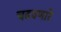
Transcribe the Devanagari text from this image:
चढवणारे